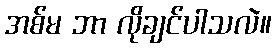
အစ်မ ဘာ လိုချင်ပါသလဲ။